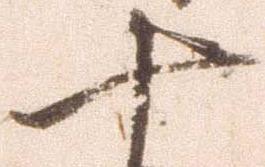
十